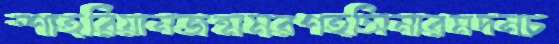
শাহরিয়ানজন্মমরণহসিনারমদনচ